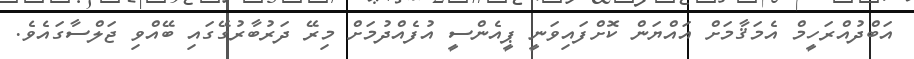
އަބްދުއްރަހީމް އެމަޤާމަށް އައްޔަން ކޮށްފައިވަނީ ޕީއެންސީ އުފެއްދުމަށް މިރޭ ދަރުބާރުގޭގައި ބޭއްވި ޖަލްސާގައެވެ.